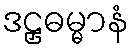
ဒဠှဓမ္မာနံ